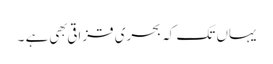
یہاں تک کہ بحری قزاقی بهی ہے ۔